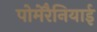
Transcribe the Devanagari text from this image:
पोमेरैनियाई